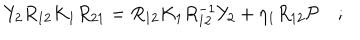
Y _ { 2 } R _ { 1 2 } K _ { 1 } R _ { 2 1 } = R _ { 1 2 } K _ { 1 } R _ { 1 2 } ^ { - 1 } Y _ { 2 } + \eta _ { 1 } R _ { 1 2 } { \cal P } \quad ; \,